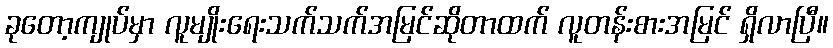
ခုတော့ကျုပ်မှာ လူမျိုးရေးသက်သက်အမြင်ဆိုတာထက် လူတန်းစားအမြင် ရှိလာပြီ။